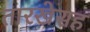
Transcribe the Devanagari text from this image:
तारखेसह